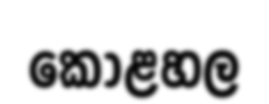
කෝළහල